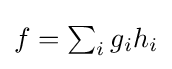
{\textstyle f=\sum _{i}g_{i}h_{i}}